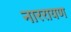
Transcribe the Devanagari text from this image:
नाररायण